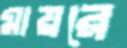
মায়রে